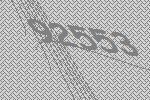
92553